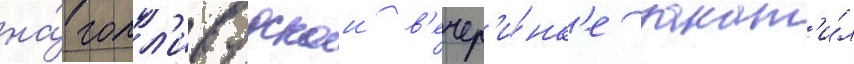
на́ голл'ивудскои в'ечер'и́нк'е закат'и́л